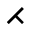
\rightthreetimes